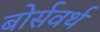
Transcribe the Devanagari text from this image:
बोर्सवर्थ